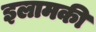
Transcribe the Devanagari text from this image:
इलामकी